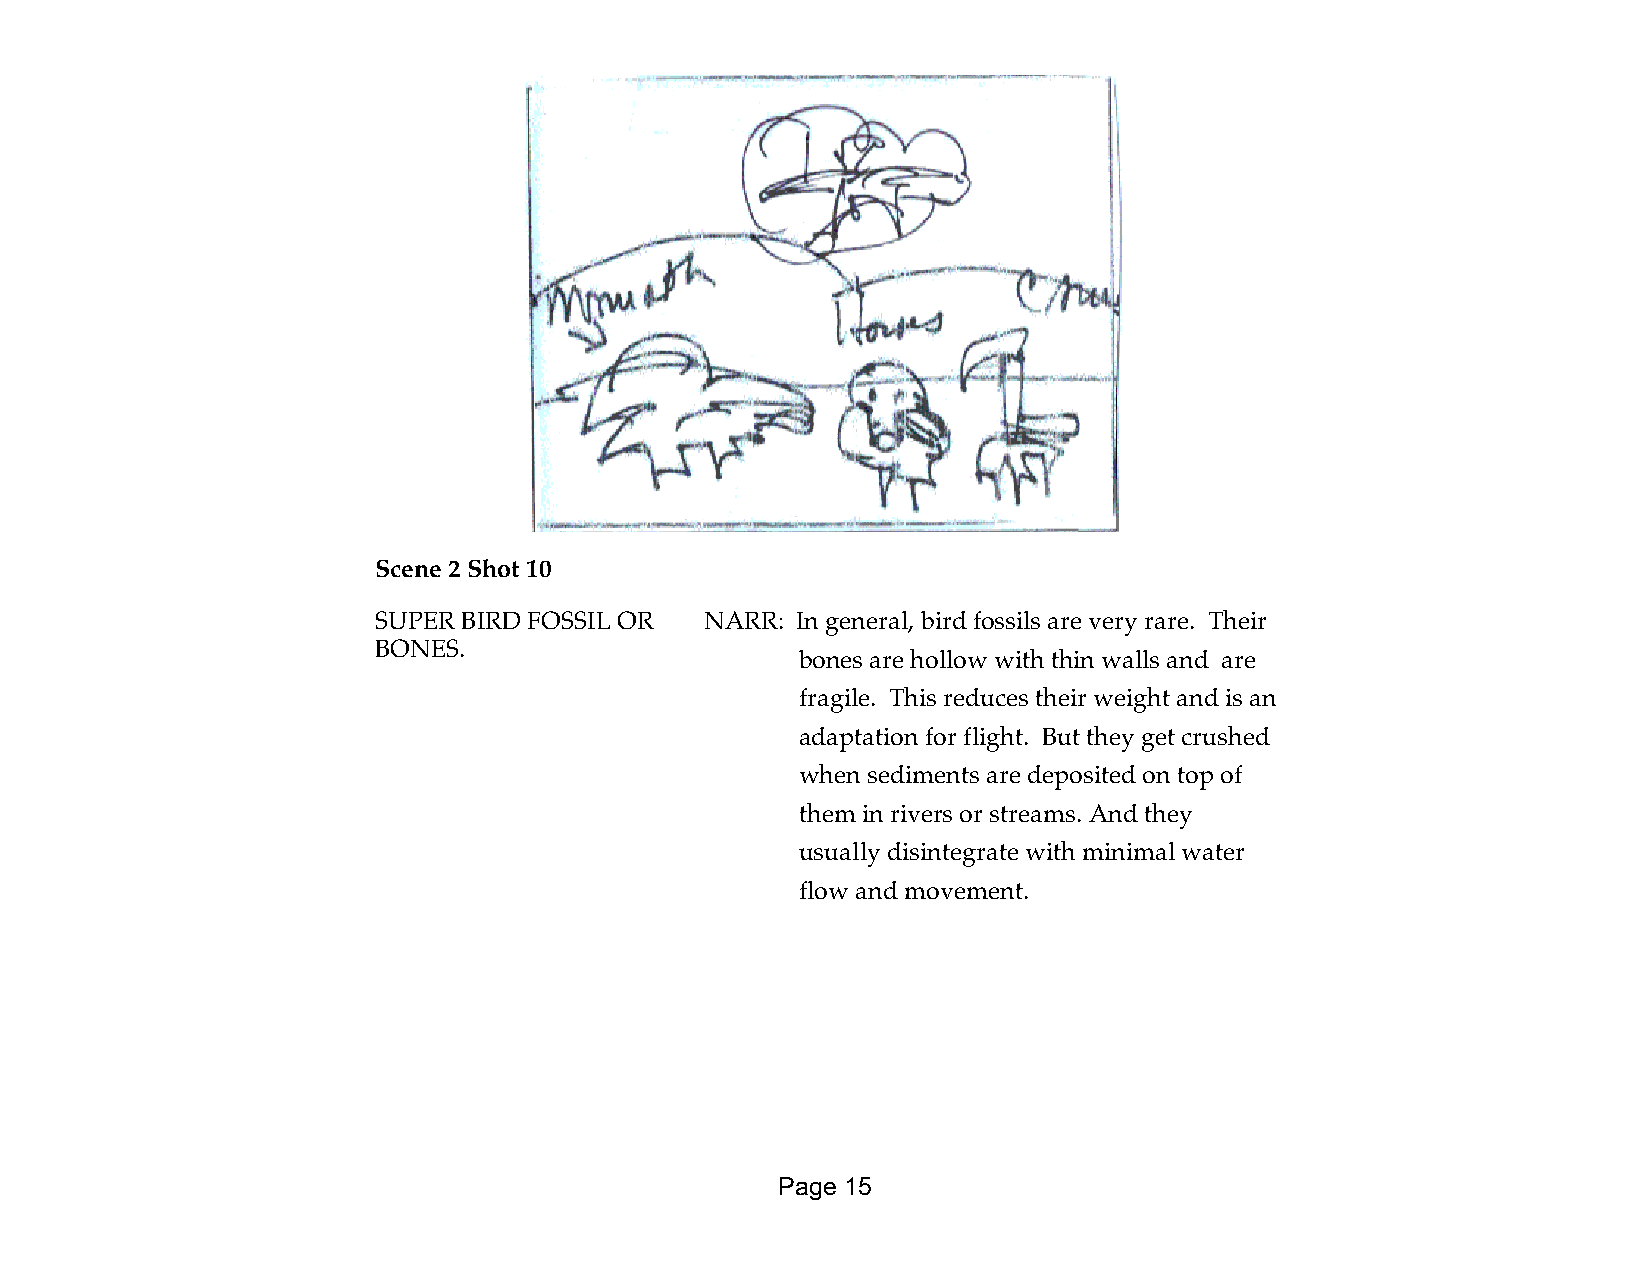
Scene 2 Shot 10
 SUPER BIRD FOSSIL OR  NARR: In general, bird fossils are very rare. Their
 BONES.
 bones are hollow with thin walls and are
 fragile. This reduces their weight and is an
 adaptation for flight. But they get crushed
 when sediments are deposited on top of
 them in rivers or streams. And they
 usually disintegrate with minimal water
 flow and movement.
 Page 15